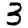
Digit: 3